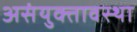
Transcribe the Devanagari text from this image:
असंयुक्तावस्था